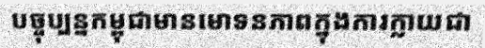
បច្ចុប្បន្នកម្ពុជាមានមោទនភាពក្នុងការក្លាយជា